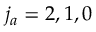
{ j _ { a } } = 2 , 1 , 0